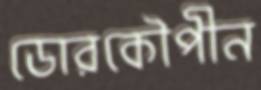
ডোরকৌপীন